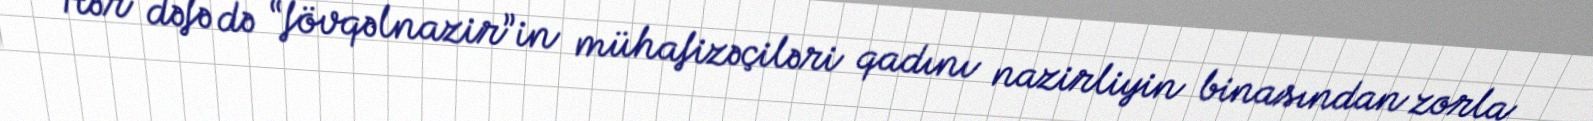
Hər dəfə də “fövqəlnazir”in mühafizəçiləri qadını nazirliyin binasından zorla